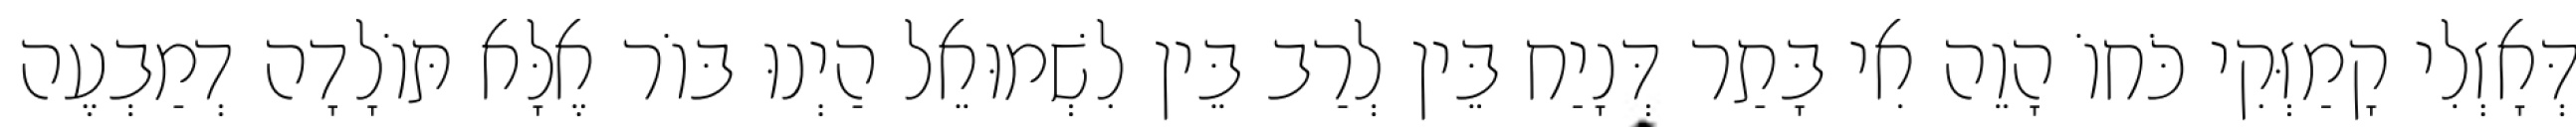
דְּאָזְלִי קָמַזְּקִי כֹּחוֹ הָוֵה אִי בָּתַר דְּנָיַח בֵּין לְרַב בֵּין לִשְׁמוּאֵל הַיְנוּ בּוֹר אֶלָּא תּוֹלָדָה דְמַבְעֶה